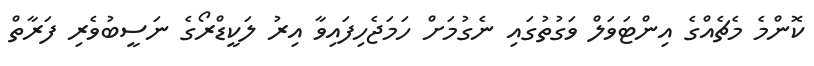
ކޮންމެ މެޗެއްގެ އިންޓަވަލް ވަގުތުގައި ނެގުމަށް ހަމަޖެހިފައިވާ އިރު ލަކީޑްރޯގެ ނަސީބުވެރި ފަރާތް